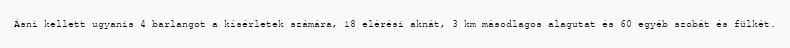
Ásni kellett ugyanis 4 barlangot a kísérletek számára, 18 elérési aknát, 3 km másodlagos alagutat és 60 egyéb szobát és fülkét.